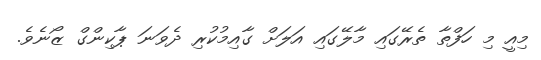
މިއީ މި ހަފްތާ ތެރޭގައި މާލޭގައި އަލަށް ގާއިމުކުރި ދެވަނަ ޕާކިންގް ޒޯނެވެ.